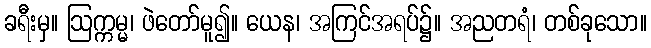
ခရီးမှ။ ဩက္ကမ္မ၊ ဖဲတော်မူ၍။ ယေန၊ အကြင်အရပ်၌။ အညတရံ၊ တစ်ခုသော။